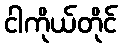
ငါကိုယ်တိုင်